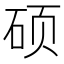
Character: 硕